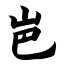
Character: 岜